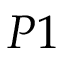
P 1